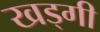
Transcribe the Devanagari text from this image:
खड्गी